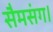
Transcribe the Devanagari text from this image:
सैमसंग।